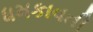
ધમકાવતી